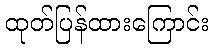
ထုတ်ပြန်ထားကြောင်း